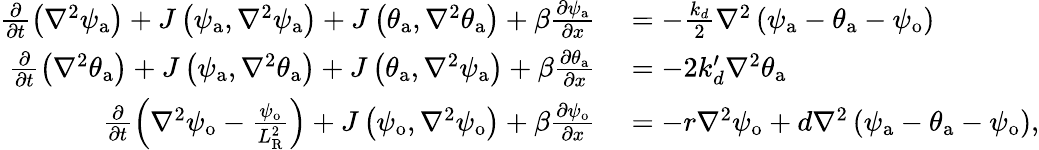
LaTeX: \begin{array}{rl}{\frac{\partial}{\partial t}\left(\nabla^{2}\psi_{\mathrm{a}}\right)+J\left(\psi_{\mathrm{a}},\nabla^{2}\psi_{\mathrm{a}}\right)+J\left(\theta_{\mathrm{a}},\nabla^{2}\theta_{\mathrm{a}}\right)+\beta\frac{\partial\psi_{\mathrm{a}}}{\partial x}}&{{}=-\frac{k_{d}}{2}\nabla^{2}\left(\psi_{\mathrm{a}}-\theta_{\mathrm{a}}-\psi_{\mathrm{o}}\right)}\\ {\frac{\partial}{\partial t}\left(\nabla^{2}\theta_{\mathrm{a}}\right)+J\left(\psi_{\mathrm{a}},\nabla^{2}\theta_{\mathrm{a}}\right)+J\left(\theta_{\mathrm{a}},\nabla^{2}\psi_{\mathrm{a}}\right)+\beta\frac{\partial\theta_{\mathrm{a}}}{\partial x}}&{{}=-2k_{d}^{\prime}\nabla^{2}\theta_{\mathrm{a}}}\\ {\frac{\partial}{\partial t}\left(\nabla^{2}\psi_{\mathrm{o}}-\frac{\psi_{\mathrm{o}}}{L_{\mathrm{R}}^{2}}\right)+J\left(\psi_{\mathrm{o}},\nabla^{2}\psi_{\mathrm{o}}\right)+\beta\frac{\partial\psi_{\mathrm{o}}}{\partial x}}&{{}=-r\nabla^{2}\psi_{\mathrm{o}}+d\nabla^{2}\left(\psi_{\mathrm{a}}-\theta_{\mathrm{a}}-\psi_{\mathrm{o}}\right),}\end{array}